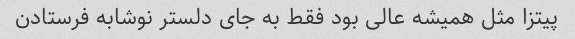
پیتزا مثل همیشه عالی بود فقط به جای دلستر نوشابه فرستادن